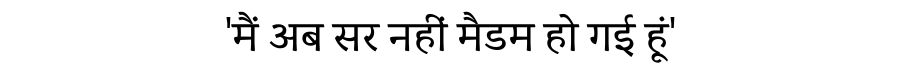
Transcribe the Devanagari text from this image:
'मैं अब सर नहीं मैडम हो गई हूं'